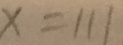
x = 1 1 1